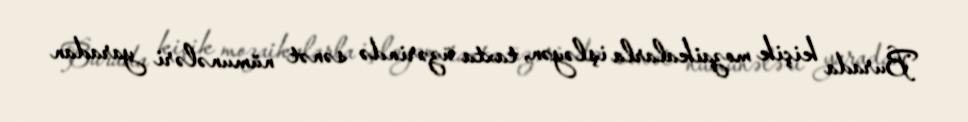
Burada kiçik mozaikalarla işləyən, taxta üzərində sənət nümunələri yaradan